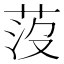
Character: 莈